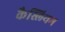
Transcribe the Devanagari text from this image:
कैस्लियम